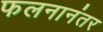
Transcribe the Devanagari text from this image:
फलनानंतर